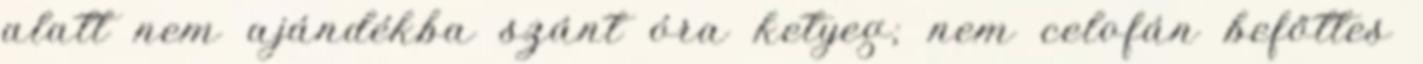
alatt nem ajándékba szánt óra ketyeg; nem celofán befőttes